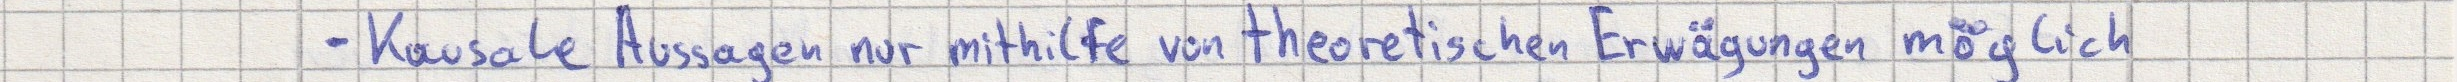
- Kausale Aussagen nur mithilfe von theoretischen Erwägungen möglich